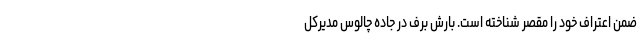
ضمن اعتراف خود را مقصر شناخته است. بارش برف در جاده چالوس مدیرکل